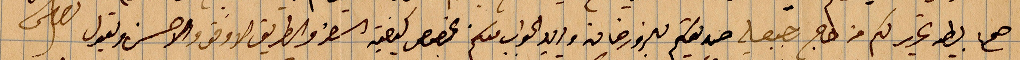
صح تحرير لكم من ... صديقكم ... ويريد الجواب معكم بخصوص كيفية السفر والطريق لا وفق الاحسن يقول ...